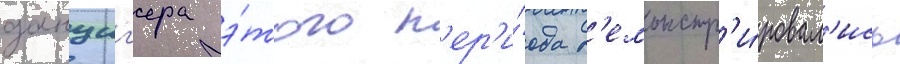
данциг'ера э́того п'ер'и́ода д'емонстр'и́ровал'ись